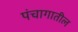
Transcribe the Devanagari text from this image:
पंचागातील